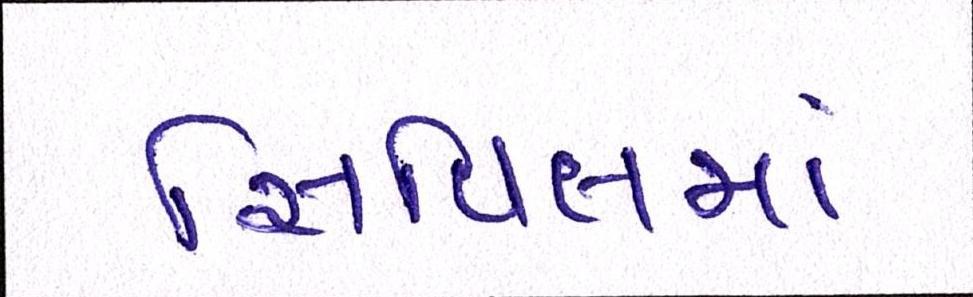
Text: સિવિલમાં